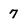
Character: 7